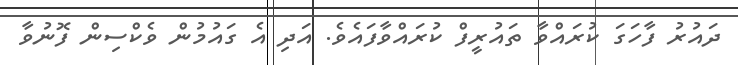
ދައުރު ފާހަގަ ކުރައްވާ ތައުރީފް ކުރައްވާފައެވެ. އަދި އެ ގައުމުން ވެކްސިން ފޮނުވާ